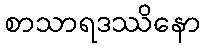
စာသာရဒဿိနော